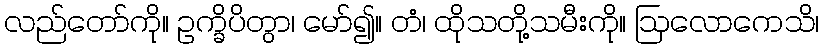
လည်တော်ကို။ ဥက္ခိပိတွာ၊ မော်၍။ တံ၊ ထိုသတို့သမီးကို။ ဩလောကေသိ၊